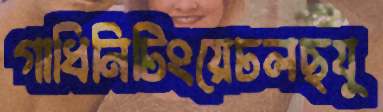
গাধিনিটিংয়েঢলছযু